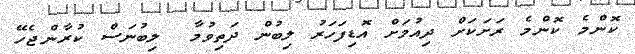
ކޮންމެ ކޮންމެ ރަށަކަށް ދިއުމަށް އޮޑިފަހަރު ލިބުން ދަތިވުމާ  ލިބުނަސް ކުރާންޖެހޭ